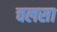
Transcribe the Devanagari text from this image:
चलसा